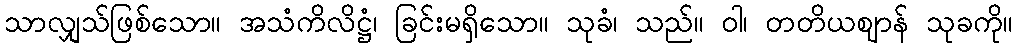
သာလျှသ်ဖြစ်သော။ အသံကိလိဋ္ဌံ၊ ခြင်းမရှိသော။ သုခံ၊ သည်။ ဝါ၊ တတိယဈာန် သုခကို။